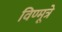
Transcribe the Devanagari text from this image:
विण्मूत्रे